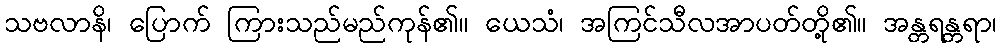
သဗလာနိ၊ ပြောက် ကြားသည်မည်ကုန်၏။ ယေသံ၊ အကြင်သီလအာပတ်တို့၏။ အန္တရန္တရာ၊